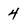
Character: 4